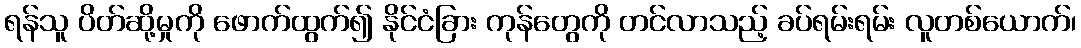
ရန်သူ ပိတ်ဆို့မှုကို ဖောက်ထွက်၍ နိုင်ငံခြား ကုန်တွေကို တင်လာသည့် ခပ်ရမ်းရမ်း လူတစ်ယောက်၊